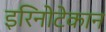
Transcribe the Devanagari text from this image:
इरिनोटेकान